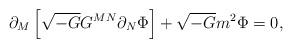
LaTeX: \begin{align*}\partial_M\left[\sqrt{-G}G^{MN}\partial_N\Phi\right]+\sqrt{-G}m^2\Phi=0,\end{align*}